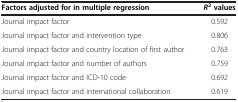
<table><thead><tr><td><b>Factors adjusted for in multiple regression</b></td><td><b><i>R</i><sup>2 </sup>values</b></td></tr></thead><tbody><tr><td>Journal impact factor</td><td>0.592</td></tr><tr><td>Journal impact factor and intervention type</td><td>0.806</td></tr><tr><td>Journal impact factor and country location of first author</td><td>0.763</td></tr><tr><td>Journal impact factor and number of authors</td><td>0.759</td></tr><tr><td>Journal impact factor and ICD-10 code</td><td>0.692</td></tr><tr><td>Journal impact factor and international collaboration</td><td>0.619</td></tr></tbody></table>